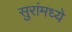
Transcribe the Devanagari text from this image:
सुरांमध्ये